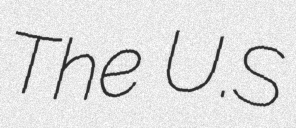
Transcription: The U.S